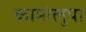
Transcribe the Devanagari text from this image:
कामोलुपा